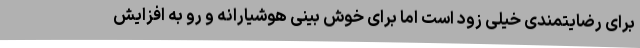
برای رضایتمندی خیلی زود است اما برای خوش بینی هوشیارانه و رو به افزایش